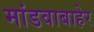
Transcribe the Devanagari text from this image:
मांडवाबाहेर